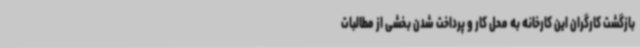
بازگشت کارگران این کارخانه به محل کار و پرداخت شدن بخشی از مطالبات